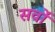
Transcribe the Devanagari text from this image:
सर्वों